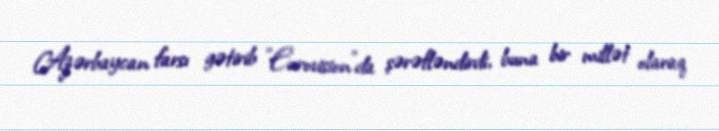
Azərbaycan farsı gətirib ”Eurovision"da şərəfləndirdi, buna bir millət olaraq